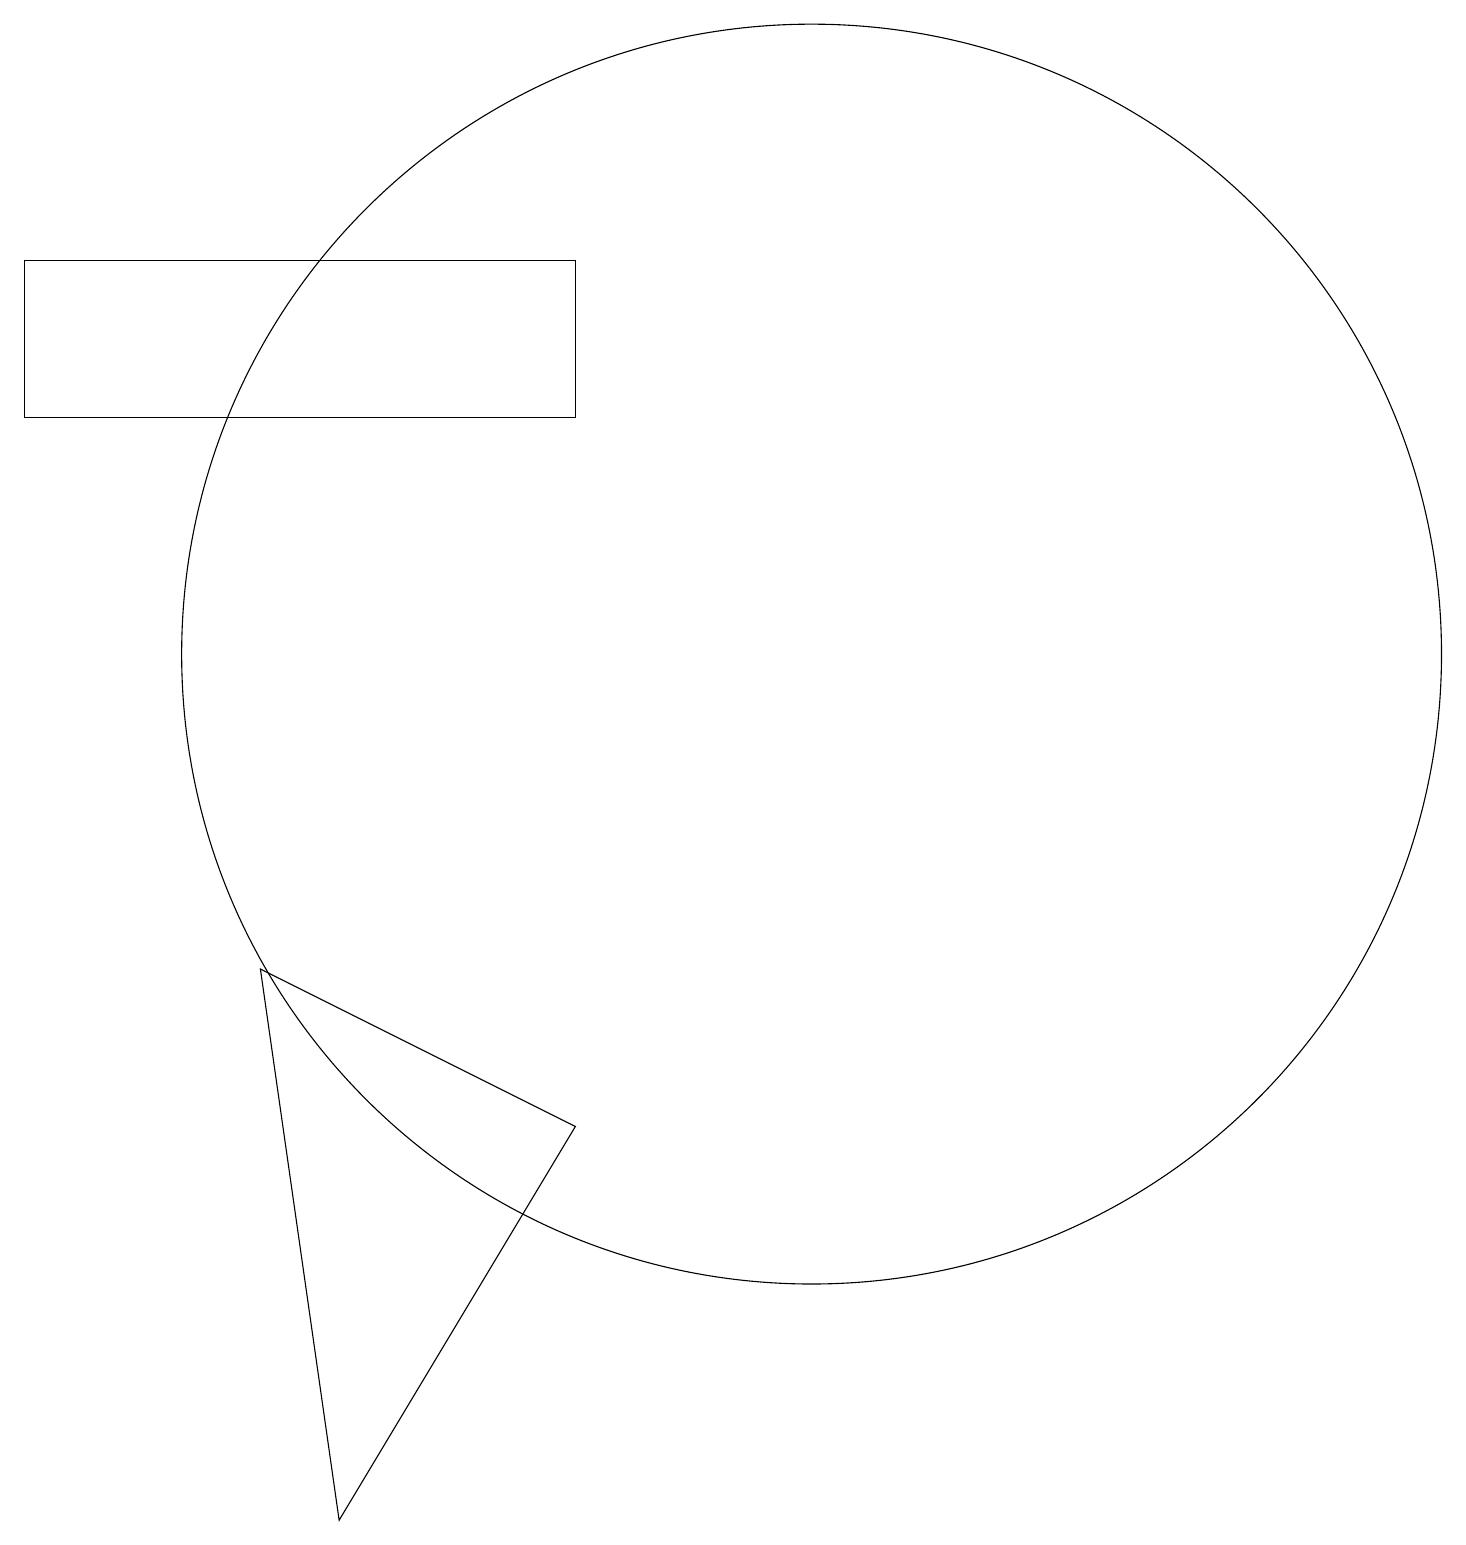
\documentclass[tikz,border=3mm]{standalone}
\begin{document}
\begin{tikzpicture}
\draw (11,11) circle (8);
\draw (8,14) rectangle (1,16);
\draw (5,0) -- (8,5) -- (4,7) -- cycle;
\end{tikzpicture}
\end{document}